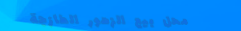
محل بيع الزهور الطازجة